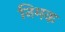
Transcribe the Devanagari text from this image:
निमक